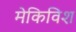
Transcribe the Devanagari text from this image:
मेकिविश